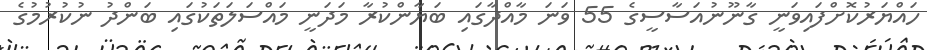
ހައްޔަރުކޮށްފައިވަނީ ގާނޫނުއަސާސީގެ 55 ވަނަ މާއްދާގައި ބަޔާންކުރާ މަދަނީ މައްސަލަތަކުގައި ބަންދު ނުކުރުމުގެ